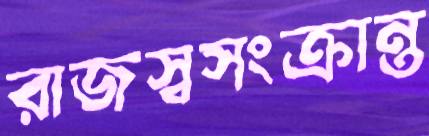
রাজস্বসংক্রান্ত